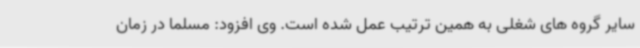
سایر گروه های شغلی به همین ترتیب عمل شده است. وی افزود: مسلما در زمان